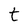
Character: t